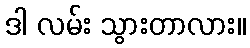
ဒါ လမ်း သွားတာလား။